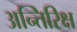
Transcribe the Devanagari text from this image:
अन्तिरिक्ष